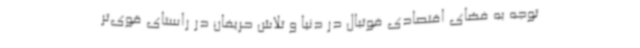
توجه به فضای اقتصادی فوتبال در دنیا و تلاش حریفان در راستای قوی‌تر